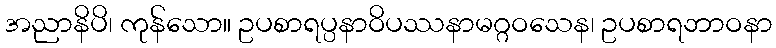
အညာနိပိ၊ ကုန်သော။ ဥပစာရပ္ပနာဝိပဿနာမဂ္ဂဝသေန၊ ဥပစာရဘာဝနာ